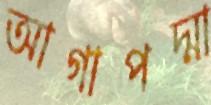
আগাপদ্মা